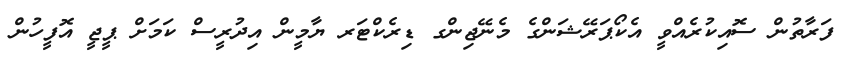
ފަރާތުން ސޮއިކުރެއްވީ އެކޯޕަރޭޝަންގެ މެނޭޖިންގ ޑިރެކްޓަރ ޔާމީން އިދުރީސް ކަމަށް ޕީޖީ އޮފީހުން